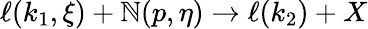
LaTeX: \ell(k_{1},\xi)+\mathbb{N}(p,\eta)\rightarrow\ell(k_{2})+X